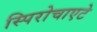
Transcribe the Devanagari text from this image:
स्पिरोचाएटे